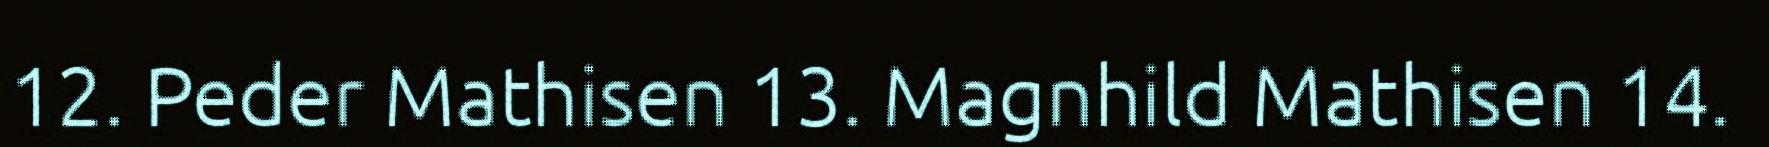
12. Peder Mathisen 13. Magnhild Mathisen 14.